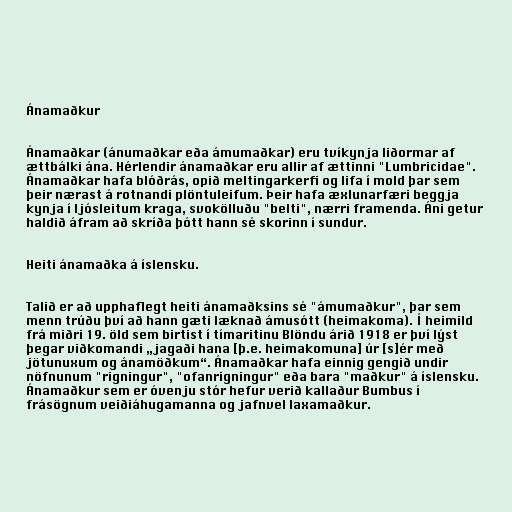
Ánamaðkur

Ánamaðkar (ánumaðkar eða ámumaðkar) eru tvíkynja liðormar af
ættbálki ána. Hérlendir ánamaðkar eru allir af ættinni "Lumbricidae".
Ánamaðkar hafa blóðrás, opið meltingarkerfi og lifa í mold þar sem
þeir nærast á rotnandi plöntuleifum. Þeir hafa æxlunarfæri beggja
kynja í ljósleitum kraga, svokölluðu "belti", nærri framenda. Áni getur
haldið áfram að skríða þótt hann sé skorinn í sundur.

Heiti ánamaðka á íslensku.

Talið er að upphaflegt heiti ánamaðksins sé "ámumaðkur", þar sem
menn trúðu því að hann gæti læknað ámusótt (heimakoma). Í heimild
frá miðri 19. öld sem birtist í tímaritinu Blöndu árið 1918 er því lýst
þegar viðkomandi „jagaði hana [þ.e. heimakomuna] úr [s]ér með
jötunuxum og ánamöðkum“. Ánamaðkar hafa einnig gengið undir
nöfnunum "rigningur", "ofanrigningur" eða bara "maðkur" á íslensku.
Ánamaðkur sem er óvenju stór hefur verið kallaður Bumbus í
frásögnum veiðiáhugamanna og jafnvel laxamaðkur.